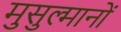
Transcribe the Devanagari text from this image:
मुसुल्मानों